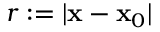
r : = | \mathbf { x } - \mathbf { x } _ { 0 } |